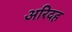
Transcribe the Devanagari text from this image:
अरिदह